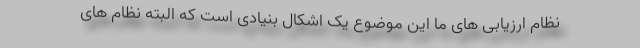
نظام ارزیابی های ما این موضوع یک اشکال بنیادی است که البته نظام های